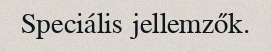
Speciális jellemzők.